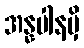
အန္နပါနမှိ